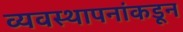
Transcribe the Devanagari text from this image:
व्यवस्थापनांकडून